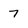
Character: 7